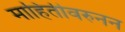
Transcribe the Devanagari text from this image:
माहितीवरुनन